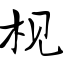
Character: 枧